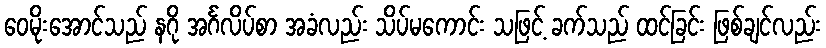
ဝေမိုးအောင်သည် နဂို အင်္ဂလိပ်စာ အခံလည်း သိပ်မကောင်း သဖြင့် ခက်သည် ထင်ခြင်း ဖြစ်ချင်လည်း